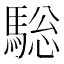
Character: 𩣭